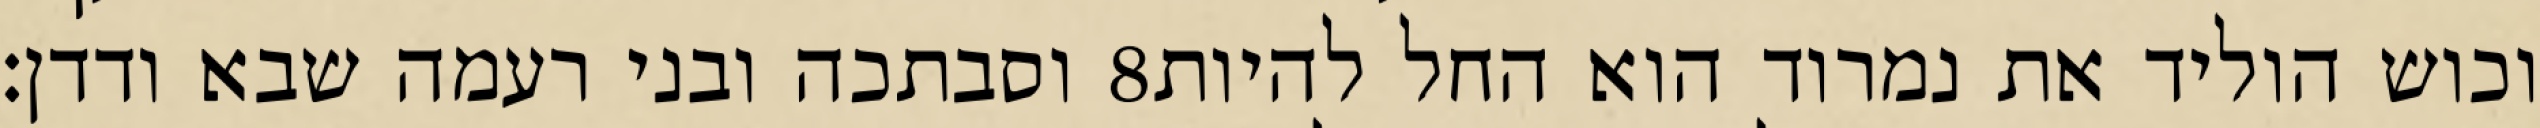
וסבתכה ובני רעמה שבא ודדן׃ ‎8‏ וכוש הוליד את נמרוד הוא החל להיות